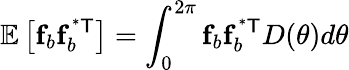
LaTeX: \mathbb{E}\left[\mathbf{f}_{b}\mathbf{f}_{b}^{\mathsf{^{*}T}}\right]=\int_{0}^{2\pi}\mathbf{f}_{b}\mathbf{f}_{b}^{\mathsf{^{*}T}}D(\theta)d\theta